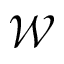
\mathcal { W }